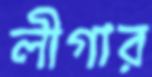
লীগার